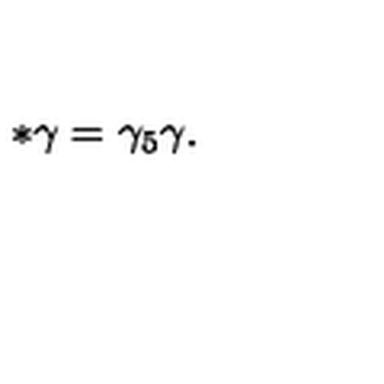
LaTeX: \ast \gamma = \gamma _ { 5 } \gamma .